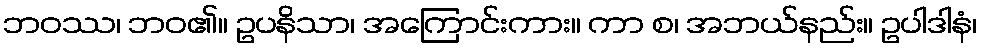
ဘဝဿ၊ ဘဝ၏။ ဥပနိသာ၊ အကြောင်းကား။ ကာ စ၊ အဘယ်နည်း။ ဥပါဒါနံ၊